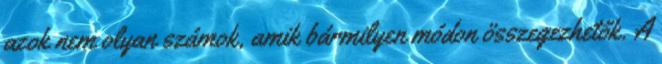
azok nem olyan számok, amik bármilyen módon összegezhetők. A